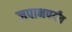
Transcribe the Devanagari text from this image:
जपानपर्यंत